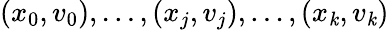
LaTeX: (x_{0},v_{0}),\ldots,(x_{j},v_{j}),\ldots,(x_{\mathit{k}},v_{\mathit{k}})